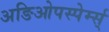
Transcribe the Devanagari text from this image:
अङिओपस्पेर्म्स्